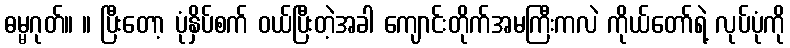
ဓမ္မဂုတ်။ ။ ပြီးတော့ ပုံနှိပ်စက် ဝယ်ပြီးတဲ့အခါ ကျောင်းတိုက်အမကြီးကလဲ ကိုယ်တော်ရဲ့ လုပ်ပုံကို